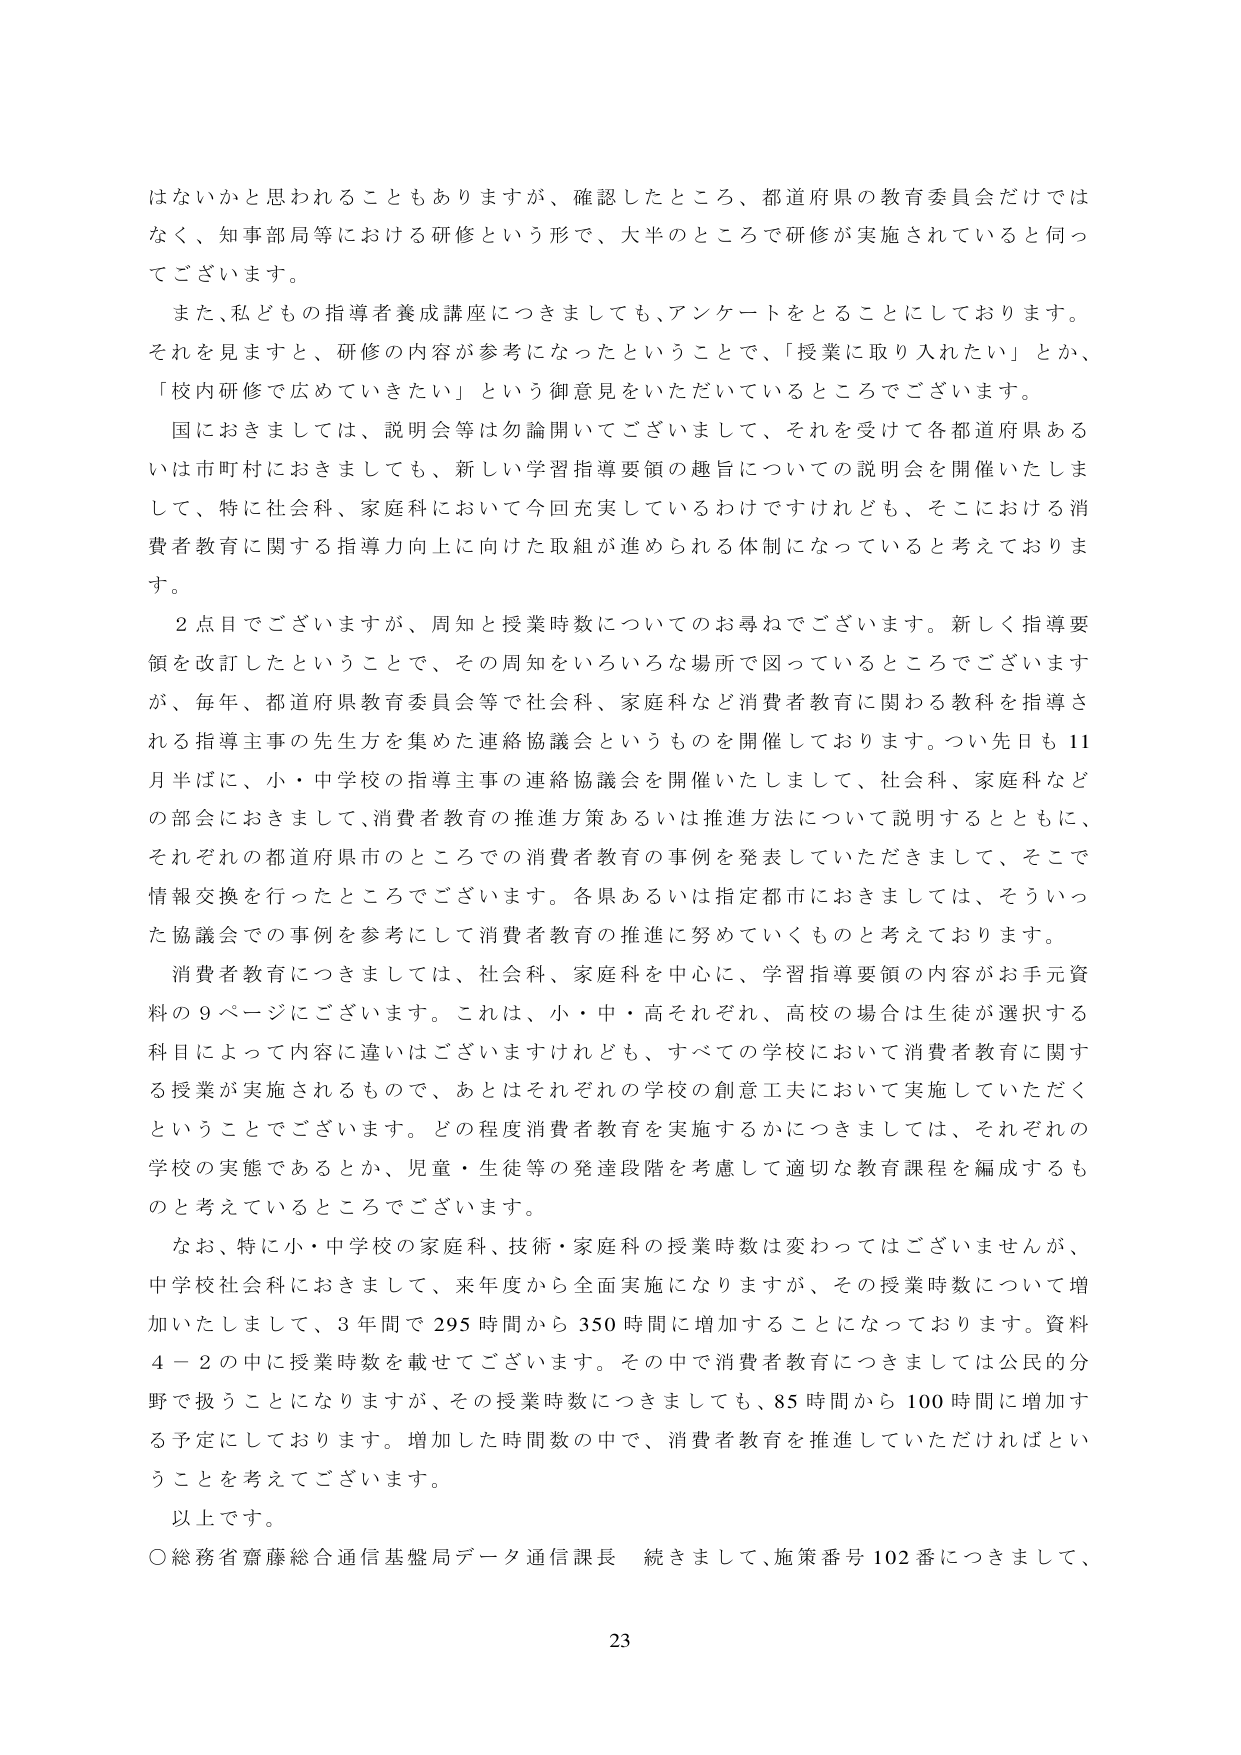
はないかと思われることもありますか、確認したところ、都道府県の教育委員会だけではなく、知事部局等における研修という形で、大半のところで研修が実施されていると伺っております。

また、私どもの指導者養成講座につきましても、アンケートをとることにしております。それを見ますと、研修の内容が参考になったということで、「授業に取り入れたい」とか、「校内研修で広めていきたい」という御意見をいただいているところでございます。

国におきましては、説明会等は勿論開いてございまして、それを受けて各都道府県あるいは市町村におきましても、新しい学習指導要領の趣旨についての説明会を開催いたしまして、特に社会科、家庭科において今回充実しているわけですけれども、そこにおける消費者教育に関する指導力向上に向けた取組が進められる体制になっていると考えております。

２点目でございますが、周知と授業時数についてのお尋ねでございます。新しく指導要領を改訂したということで、その周知をいろいろな場所で図っているところでございますが、毎年、都道府県教育委員会等で社会科、家庭科など消費者教育に関わる教科を指導される指導主事の先生方を集めた連絡協議会というものを開催しております。つい先日も11月半ばに、小・中学校の指導主事の連絡協議会を開催いたしまして、社会科、家庭科などの部会におきまして、消費者教育の推進方策あるいは推進方法について説明するとともに、それぞれの都道府県市のところでの消費者教育の事例を発表していただきまして、そこで情報交換を行ったところでございます。各県あるいは指定都市におきましては、そういった協議会での事例を参考にして消費者教育の推進に努めていくものと考えております。

消費者教育につきましては、社会科、家庭科を中心に、学習指導要領の内容がお手元資料の９ページにございます。これは、小・中・高それぞれ、高校の場合は生徒が選択する科目によって内容に違いはございますけれども、すべての学校において消費者教育に関する授業が実施されるもので、あとはそれぞれの学校の創意工夫において実施していただくということでございます。どの程度消費者教育を実施するかにつきましては、それぞれの学校の実態であるとか、児童・生徒等の発達段階を考慮して適切な教育課程を編成するものと考えているところでございます。

なお、特に小・中学校の家庭科、技術・家庭科の授業時数は変わってはございませんが、中学校社会科におきまして、来年度から全面実施になりますが、その授業時数について増加いたしまして、３年間で295時間から350時間に増加することになっております。資料４－２の中に授業時数を載せてございます。その中で消費者教育につきましては公民の分野で扱うことになりますが、その授業時数につきましても、85時間から100時間に増加する予定にしております。増加した時間数の中で、消費者教育を推進していただければということを考えてございます。

以上です。

○総務省齋藤総合通信基盤局データ通信課長　続きまして、施策番号102番につきまして、

23